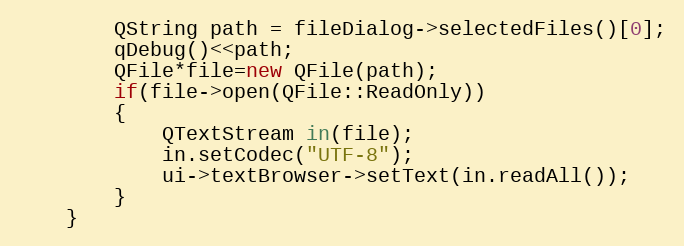
Language: C++
        QString path = fileDialog->selectedFiles()[0];
        qDebug()<<path;
        QFile*file=new QFile(path);
        if(file->open(QFile::ReadOnly))
        {
            QTextStream in(file);
            in.setCodec("UTF-8");
            ui->textBrowser->setText(in.readAll());
        }
    }